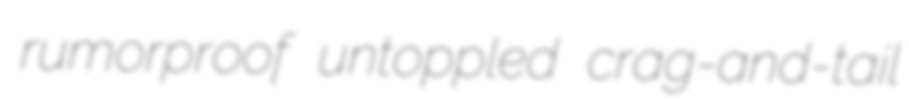
rumorproof untoppled crag-and-tail